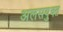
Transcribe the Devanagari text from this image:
अलसयुक्त